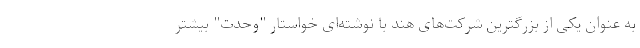
به عنوان یکی از بزرگترین شرکت‌های هند با نوشته‌ای خواستار "وحدت" بیشتر